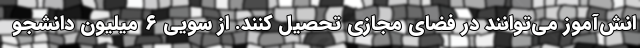
انش‌آموز می‌توانند در فضای مجازی تحصیل کنند. از سویی ۶ میلیون دانشجو